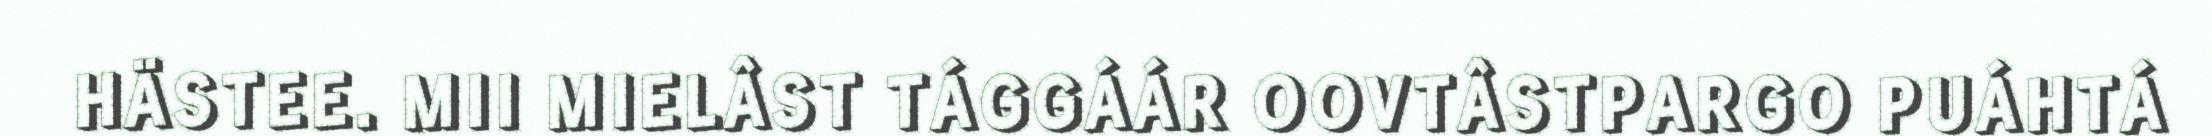
HÄSTEE. MII MIELÂST TÁGGÁÁR OOVTÂSTPARGO PUÁHTÁ